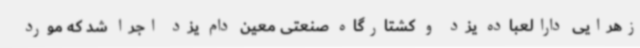
زهرایی دارالعباده یزد و کشتارگاه صنعتی معین دام یزد اجرا شد که مورد